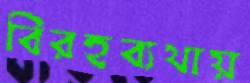
বিরহব্যথায়